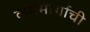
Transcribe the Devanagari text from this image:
कर्ममार्गाची